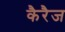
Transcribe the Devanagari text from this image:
कैरैज